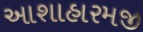
આશાહારમજી